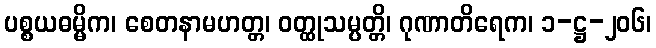
ပစ္စယဓမ္မိက၊ စေတနာမဟတ္တ၊ ဝတ္ထုသမ္ပတ္တိ၊ ဂုဏာတိရေက၊ ၁-ဋ္ဌ-၂၀၆၊